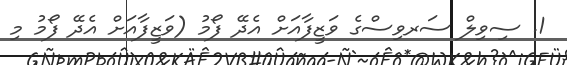
1. ސިވިލް ސަރވިސްގެ ވަޒީފާއަށް އެދޭ ފޯމު (ވަޒީފާއަށް އެދޭ ފޯމު މި